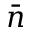
\bar { n }